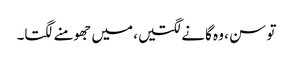
تو سن ، وہ گانے لگتیں، میں جھومنے لگتا۔